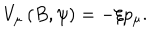
V _ { \mu } \left( B , \psi \right) = - \xi p _ { \mu } .